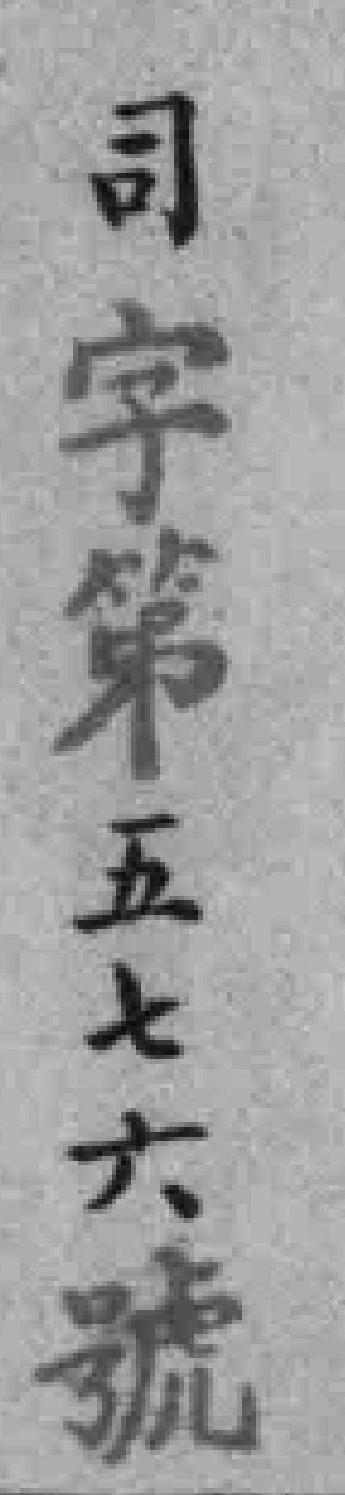
司字第五七六號